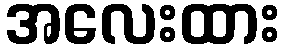
အလေးထား